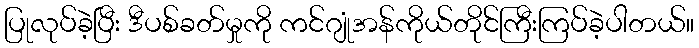
ပြုလုပ်ခဲ့ပြီး ဒီပစ်ခတ်မှုကို ကင်ဂျုံအန်ကိုယ်တိုင်ကြီးကြပ်ခဲ့ပါတယ်။